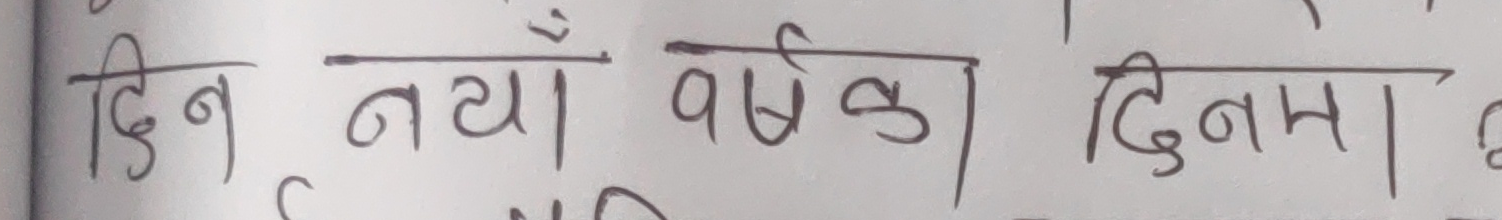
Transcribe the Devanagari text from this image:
दिन नयाँ वर्षका दिना